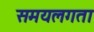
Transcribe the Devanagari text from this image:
समयलगता